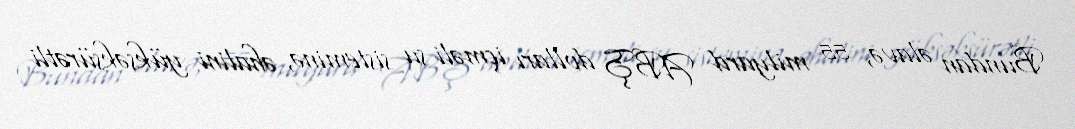
Bundan əlavə, 55 milyard ABŞ dolları içməli su sisteminə, əhalini yüksəksürətli